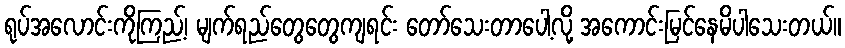
ရုပ်အလောင်းကိုကြည့်၊ မျက်ရည်တွေတွေကျရင်း တော်သေးတာပေါ့လို့ အကောင်းမြင်နေမိပါသေးတယ်။